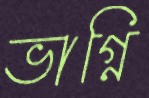
ভাগ্নি